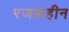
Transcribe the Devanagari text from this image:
रजकहीन